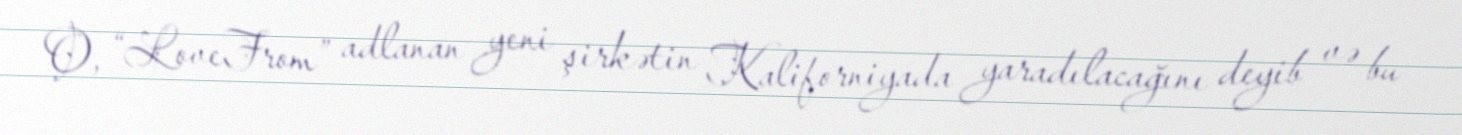
O, “LoveFrom” adlanan yeni şirkətin Kaliforniyada yaradılacağını deyib və bu